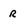
Character: r